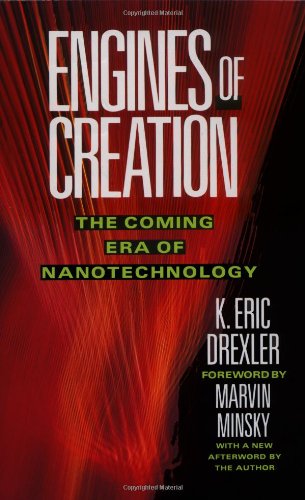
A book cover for Engines of Creation: The Coming Era of Nanotechnology (Anchor Library of Science); Eric Drexler; Science & Math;